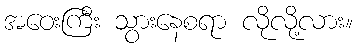
အဝေးကြီး သွားနေစရာ လိုလို့လား။